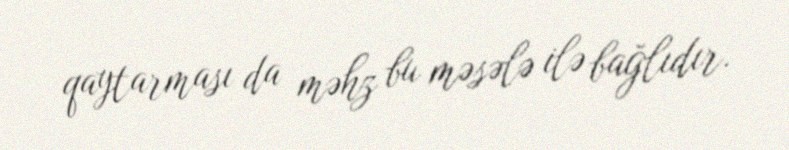
qaytarması da məhz bu məsələ ilə bağlıdır.